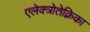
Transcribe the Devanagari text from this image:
एलेक्त्रोतेक्निका